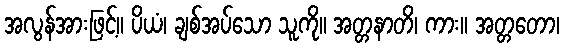
အလွန်အားဖြင့်။ ပိယံ၊ ချစ်အပ်သော သူကို။ အတ္တနာတိ၊ ကား။ အတ္တတော၊